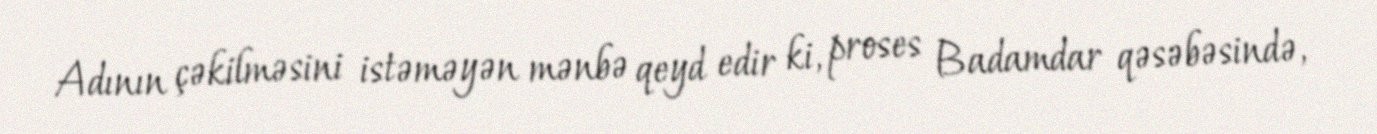
Adının çəkilməsini istəməyən mənbə qeyd edir ki, proses Badamdar qəsəbəsində,